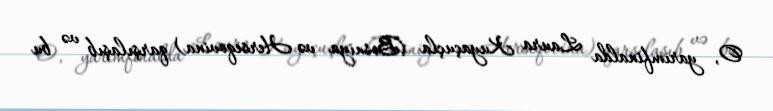
O, yarımfinalda Laura Kuyaçuçla (Bosniya və Herseqovina) qarşılaşıb və bu